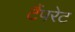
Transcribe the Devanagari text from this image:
टैंपरेट